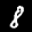
Label: 8